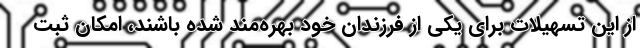
از این تسهیلات برای یکی از فرزندان خود بهره‌مند شده باشند، امکان ثبت